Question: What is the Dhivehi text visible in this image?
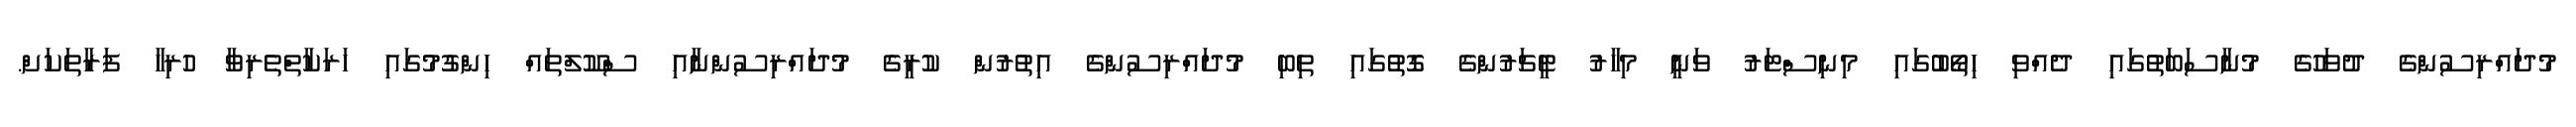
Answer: މުދައްރިސުންގެ ދުވަހުގެ މުނާސަބަތުގައި ދެއްވި ހިތޯބުގައި މިނިސްޓަރު ވަނީ މިހާރު ޓީޗަރުންގެ ގޮތުގައި ތިބި މުދައްރިސުންގެ އިތުރުން ކުރީގެ މުދައްރިސުންނާއި ސްކޫލްތައް ހިންގުމުގައި ހަރަކާތްތެރިވާ ހުރިހާ ފަރާތަކަށް.